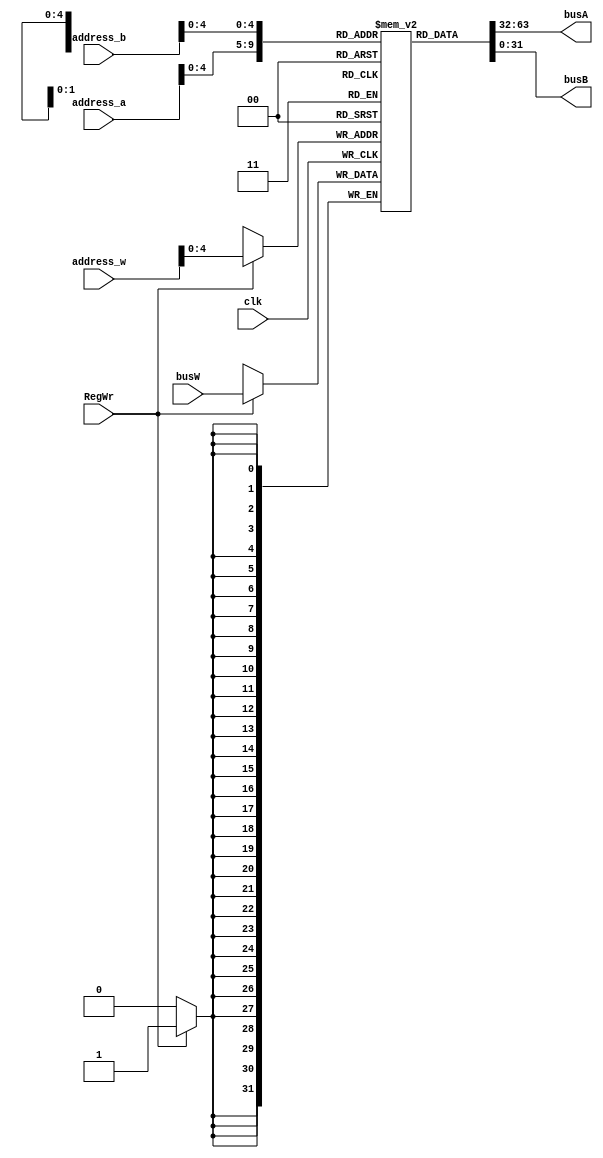
module myRAM(
input clk,
input [5:0] address_a,
input [5:0] address_b,
input [5:0] address_w,
input [31:0] busW,
input RegWr,
output [31:0] busA,
output [31:0] busB
);
reg [31:0] ram [0:31];
initial
begin
	ram[2] = 31'd1;
	ram[3] = 31'd2;
end
assign busA = ram[address_a];
assign busB = ram[address_b];

always @ (negedge clk)
begin
	if(RegWr)
	begin
		ram[address_w] <= busW;
	end
end
endmodule